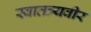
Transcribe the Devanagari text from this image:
स्वातत्र्यवीर